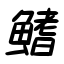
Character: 鰭